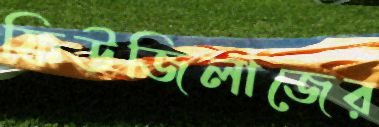
ফিউজিলাজের